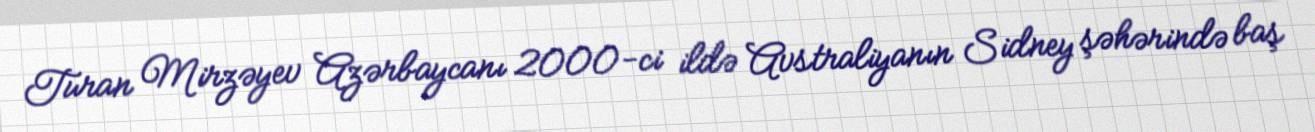
Turan Mirzəyev Azərbaycanı 2000-ci ildə Avstraliyanın Sidney şəhərində baş